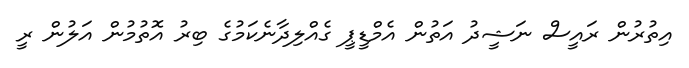
އިތުރުން ރައީސް ނަޝީދު އަތުން އެމްޑީޕީ ގެއްލިދާނެކަމުގެ ބިރު އޮތުމުން އަލުން ރީ